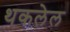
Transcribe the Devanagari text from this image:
थकलेल